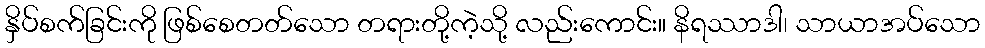
နှိပ်စက်ခြင်းကို ဖြစ်စေတတ်သော တရားတို့ကဲ့သို့ လည်းကောင်း။ နိရဿာဒါ၊ သာယာအပ်သော